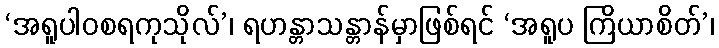
‘အရူပါဝစရကုသိုလ်’၊ ရဟန္တာသန္တာန်မှာဖြစ်ရင် ‘အရူပ ကြိယာစိတ်’၊